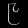
Digit: ၉